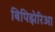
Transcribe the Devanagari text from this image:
बिपिझेरिआ